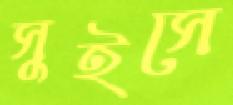
সুইসে